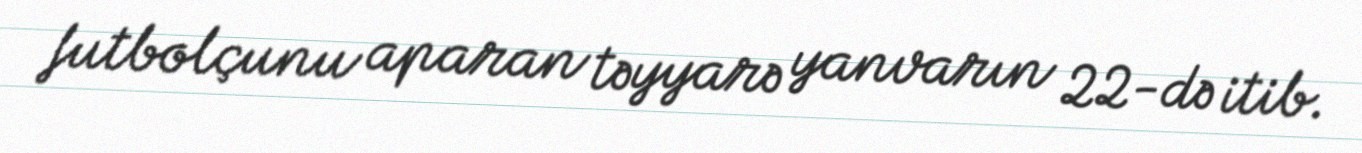
futbolçunu aparan təyyarə yanvarın 22-də itib.